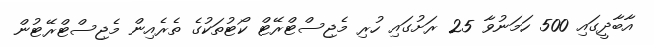
އާބާދީގައި 500 ހަމަނުވާ 25 ރަށުގައި ހުރި މެޖިސްޓްރޭޓް ކޯޓުތަކުގެ ތެރެއިން މެޖިސްޓްރޭޓުން